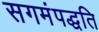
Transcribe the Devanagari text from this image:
सगमंपद्धति